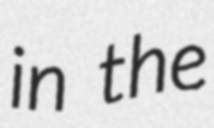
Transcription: in the